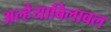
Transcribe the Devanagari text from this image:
अल्हैयाबिलावल